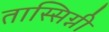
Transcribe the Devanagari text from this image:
तास्सिग्नी